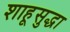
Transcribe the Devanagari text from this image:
शाहूसुद्धा